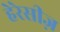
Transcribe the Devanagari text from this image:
हेरेसीज़